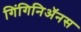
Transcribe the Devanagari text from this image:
गिंगिनिॲनस